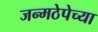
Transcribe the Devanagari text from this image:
जन्मठेपेच्या